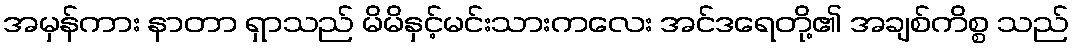
အမှန်ကား နာတာ ရှာသည် မိမိနှင့်မင်းသားကလေး အင်ဒရေတို့၏ အချစ်ကိစ္စ သည်